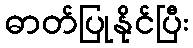
ဓာတ်ပြုနိုင်ပြီး